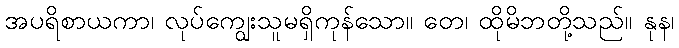
အပရိစာယကာ၊ လုပ်ကျွေးသူမရှိကုန်သော။ တေ၊ ထိုမိဘတို့သည်။ နုန၊